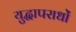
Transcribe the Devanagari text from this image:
युद्धापराधों